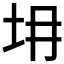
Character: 𡉱